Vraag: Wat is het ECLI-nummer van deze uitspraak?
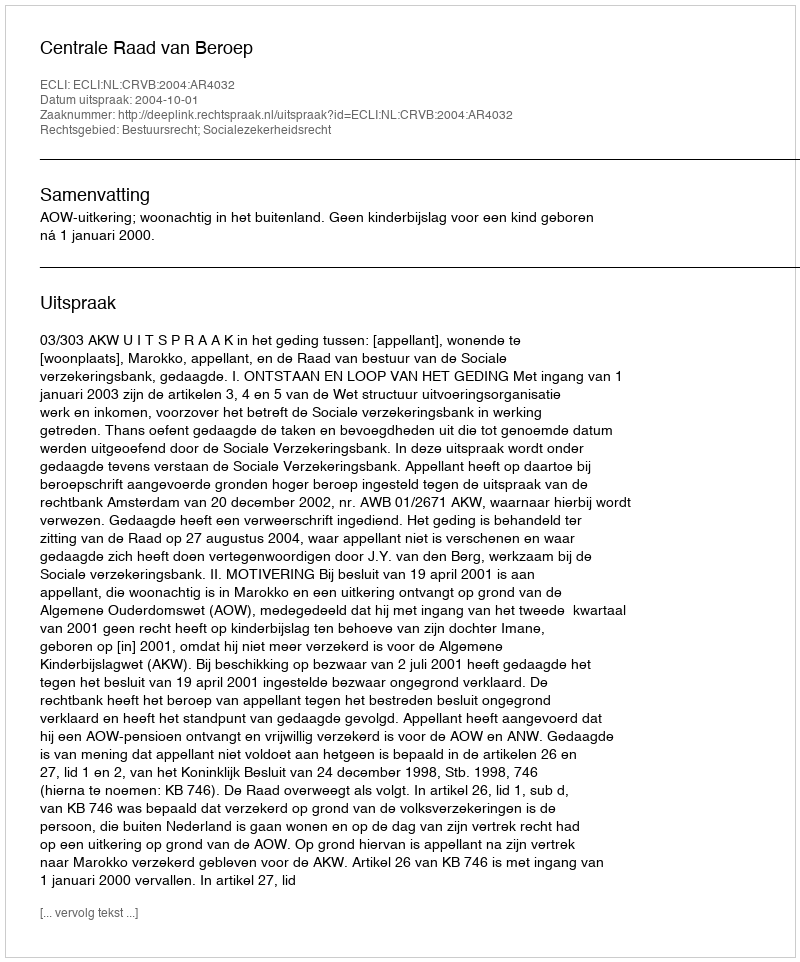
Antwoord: ECLI:NL:CRVB:2004:AR4032